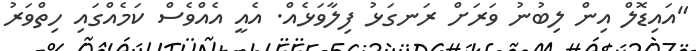
"އައިޑޮލް އިން ލިބުނު ވަރަށް ރަނގަޅު ފިލާވަޅެއް. އެއީ އެއްވެސް ކަމެއްގައި ހިތްވަރު